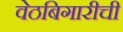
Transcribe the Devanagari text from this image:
वेठबिगारीची